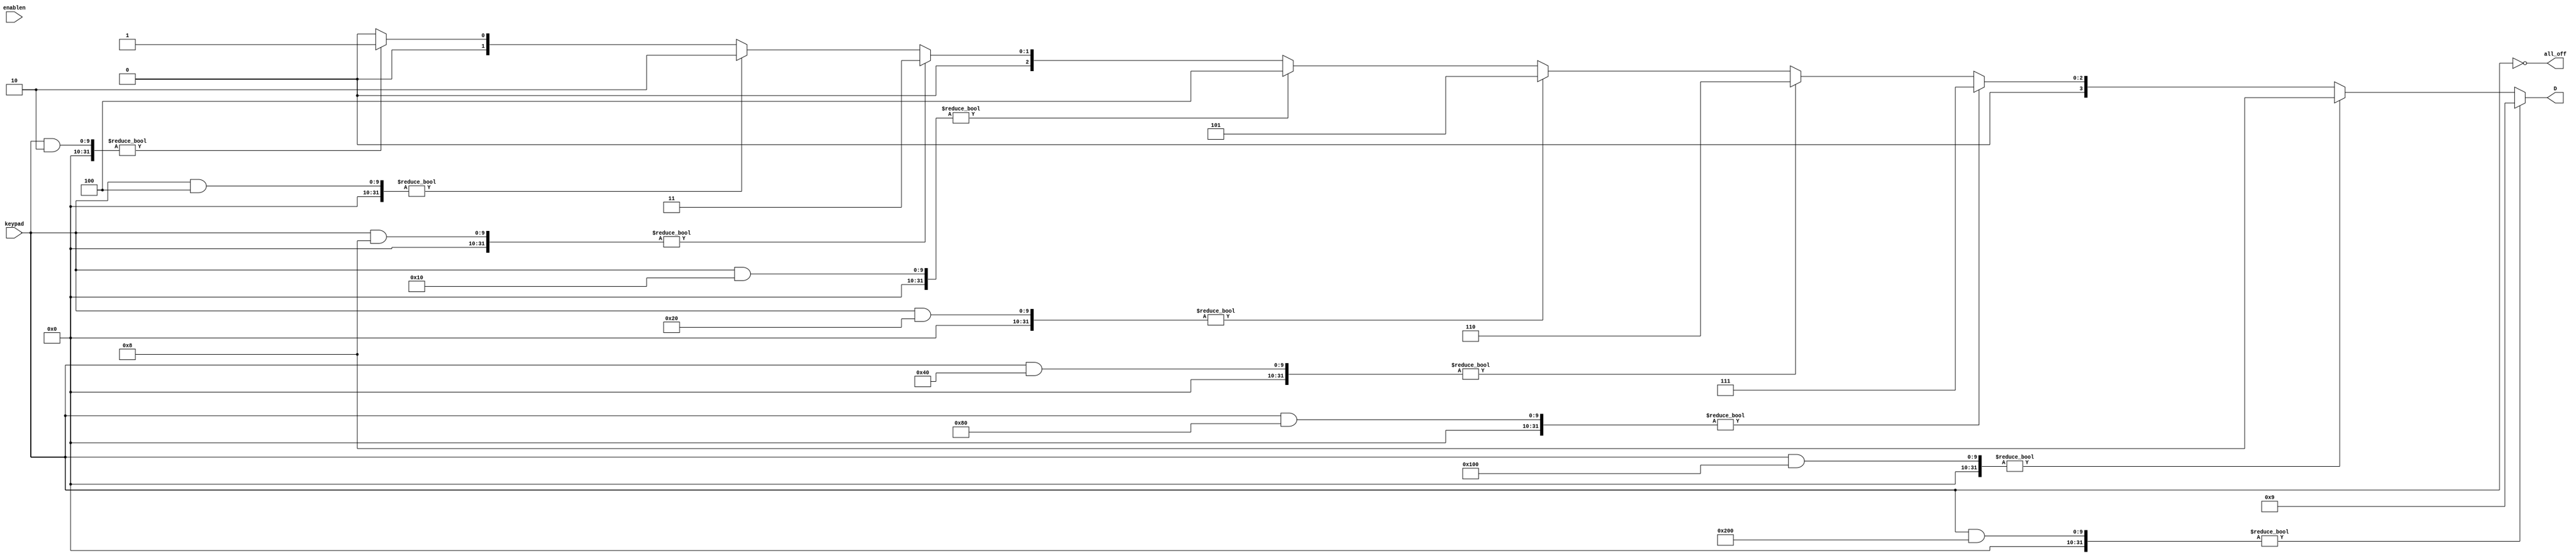
module pencoder(D, all_off, enablen, keypad);

    input wire enablen;
    input wire [9:0] keypad;

    output wire [3:0] D;
    output wire all_off;

    // numeric keypad output (0 - 9):
    assign D = (keypad & 512) ? 4'd9 :  
            (keypad & 256) ? 4'd8 :
            (keypad & 128) ? 4'd7 :
            (keypad & 64)  ? 4'd6 :
            (keypad & 32)  ? 4'd5 :
            (keypad & 16)  ? 4'd4 :
            (keypad & 8)   ? 4'd3 :
            (keypad & 4)   ? 4'd2 :
            (keypad & 2)   ? 4'd1 : 
            (keypad & 1)   ? 4'd0 : 4'd0;
        
    assign all_off = (keypad == 10'b000000000);
    
endmodule